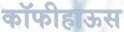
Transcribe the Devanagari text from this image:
कॉफीहाऊस